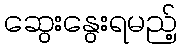
ဆွေးနွေးရမည့်